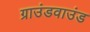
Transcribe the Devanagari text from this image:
ग्राउंडवाउंड